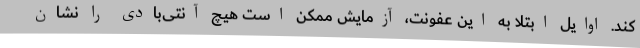
کند. اوایل ابتلا به این عفونت، آزمایش ممکن است هیچ آنتی‌بادی را نشان